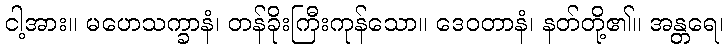
ငါ့အား။ မဟေသက္ခာနံ၊ တန်ခိုးကြီးကုန်သော။ ဒေဝတာနံ၊ နတ်တို့၏။ အန္တရေ၊